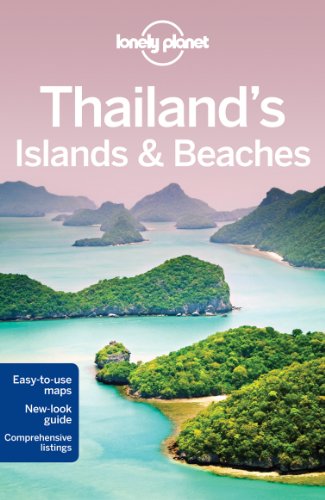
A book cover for Lonely Planet Thailand's Islands & Beaches (Travel Guide); Lonely Planet; Travel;